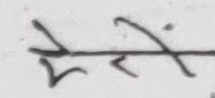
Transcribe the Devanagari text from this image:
सेरें